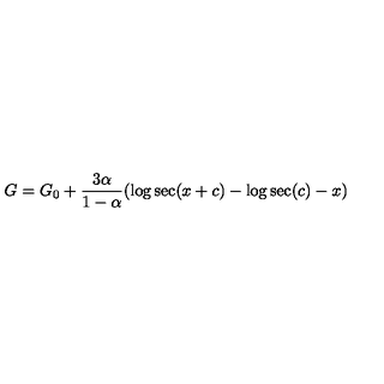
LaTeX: G = G _ { 0 } + \frac { 3 \alpha } { 1 - \alpha } ( \log \sec ( x + c ) - \log \sec ( c ) - x )